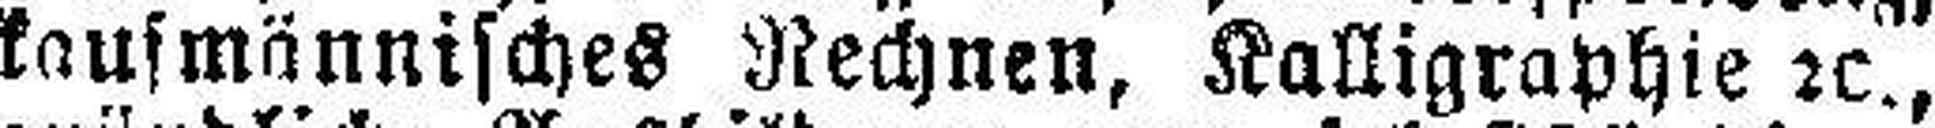
kaufmännisches Rechnen, Kalligraphie 2c.,